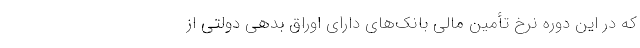
که در این دوره نرخ تأمین مالی بانک‌های دارای اوراق بدهی دولتی از